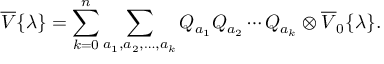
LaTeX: \overline { { { V } } } { \{ } \lambda { \} } = \sum _ { k = 0 } ^ { n } \sum _ { a _ { 1 } , a _ { 2 } , \ldots , a _ { k } } Q _ { a _ { 1 } } Q _ { a _ { 2 } } \cdots Q _ { a _ { k } } \otimes \overline { { { V } } } _ { 0 } { \{ } \lambda { \} } .